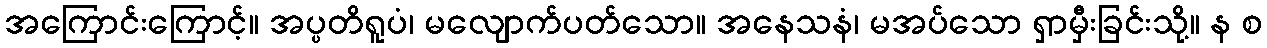
အကြောင်းကြောင့်။ အပ္ပတိရူပံ၊ မလျောက်ပတ်သော။ အနေသနံ၊ မအပ်သော ရှာမှီးခြင်းသို့။ န စ